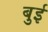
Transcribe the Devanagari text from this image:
बुई